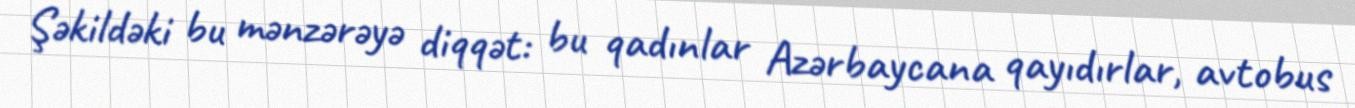
Şəkildəki bu mənzərəyə diqqət: bu qadınlar Azərbaycana qayıdırlar, avtobus